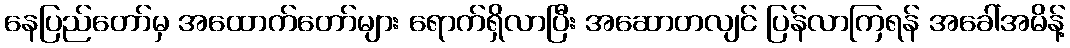
နေပြည်တော်မှ အထောက်တော်များ ရောက်ရှိလာပြီး အဆောတလျင် ပြန်လာကြရန် အခေါ်အမိန့်